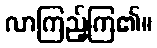
လာကြည့်ကြ၏။